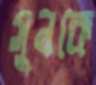
সুনকে